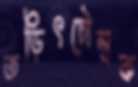
তড়িৎচৌম্বক